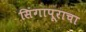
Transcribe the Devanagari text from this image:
सिंगापूराचा